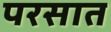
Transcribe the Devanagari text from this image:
परसात